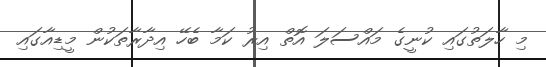
މި ހާލަތުގައި ކުނީގެ މައްސަލަ އޮތް އިރު ކަމާ ބެހޭ އިދާރާތަކުން މީޑިއާގައި